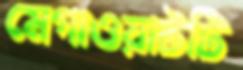
মেগাওয়াটটি